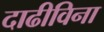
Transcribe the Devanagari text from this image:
दाढीविना